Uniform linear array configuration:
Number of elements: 48
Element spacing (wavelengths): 1
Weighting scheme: cosine
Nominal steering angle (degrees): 45
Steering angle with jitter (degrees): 45.161
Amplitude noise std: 0.05
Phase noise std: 0.05

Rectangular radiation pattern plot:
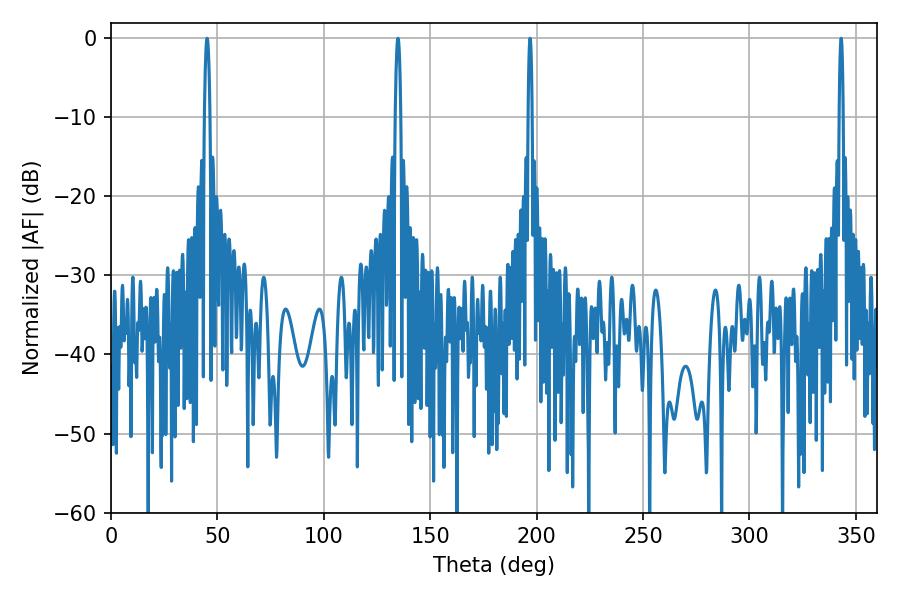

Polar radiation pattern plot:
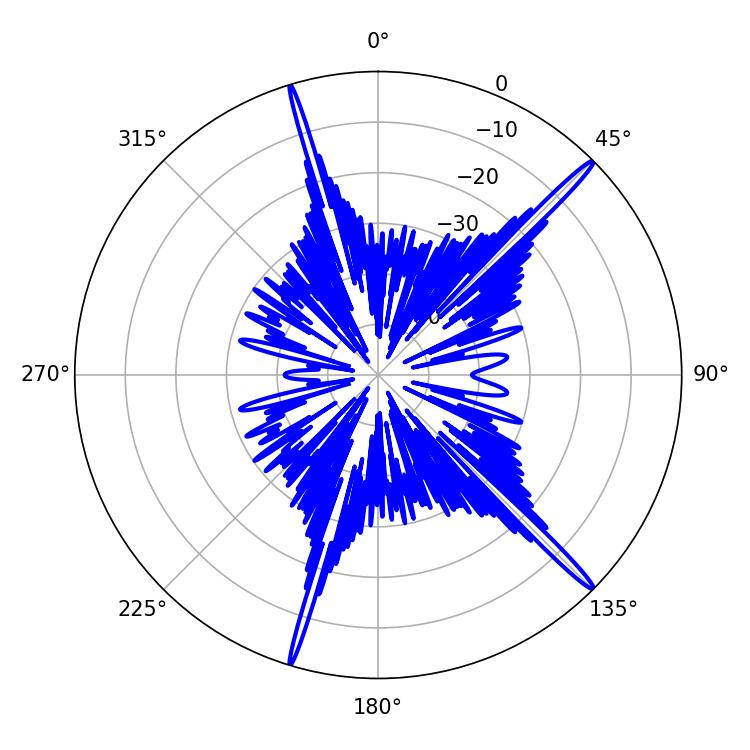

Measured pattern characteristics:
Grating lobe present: TRUE
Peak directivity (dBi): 18.329
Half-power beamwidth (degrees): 1.08
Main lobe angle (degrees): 343.08